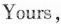
Yours，